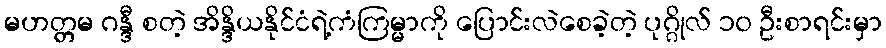
မဟတ္တမ ဂန္ဒီ စတဲ့ အိန္ဒိယနိုင်ငံရဲ့ကံကြမ္မာကို ပြောင်းလဲစေခဲ့တဲ့ ပုဂ္ဂိုလ် ၁၀ ဦးစာရင်းမှာ